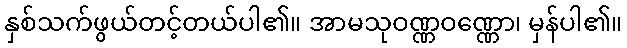
နှစ်သက်ဖွယ်တင့်တယ်ပါ၏။ အာမသုဝဏ္ဏဝဏ္ဏော၊ မှန်ပါ၏။